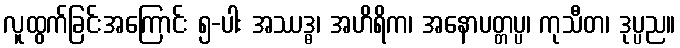
လူထွက်ခြင်းအကြောင်း ၅-ပါး အဿဒ္ဓ၊ အဟိရိက၊ အနောပတ္တပ္ပ၊ ကုသီတ၊ ဒုပ္ပည။